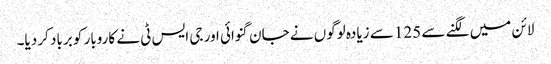
لائن میں لگنے سے 125 سے زیادہ لوگوں نے جان گنوائی اور جی ایس ٹی نے کاروبار کو برباد کر دیا۔